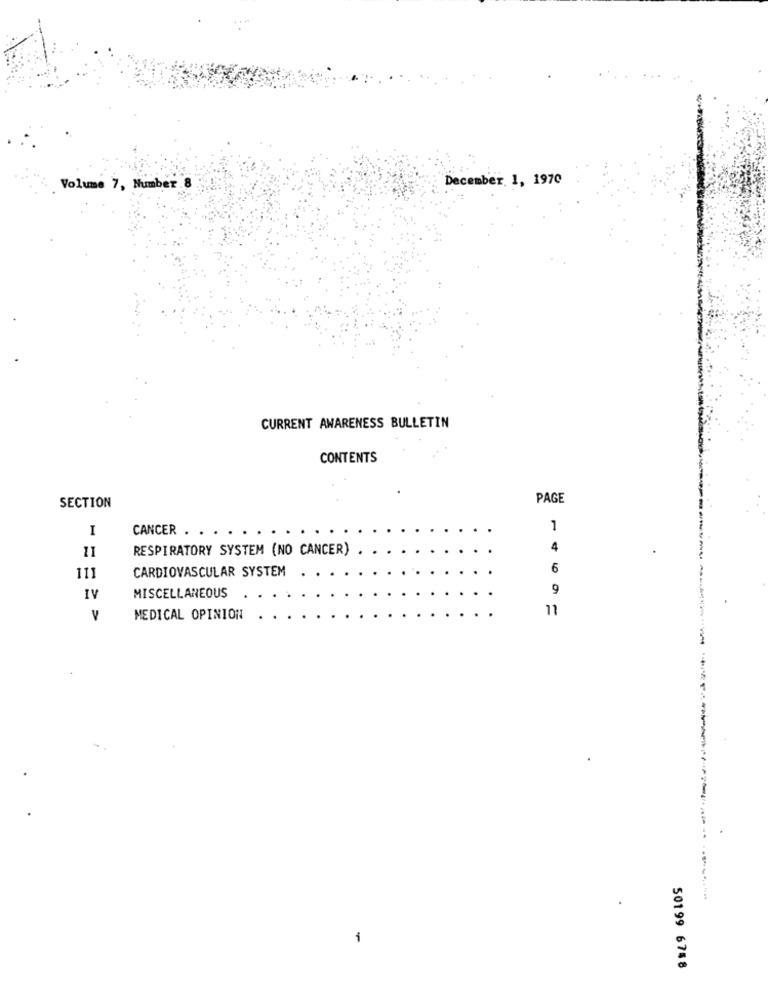
December, 1, 1970
Volume 7, Number . 8
CURRENT AWARENESS BULLETIN
CONTENTS
PAGE
SECTION
1
1
CANCER . .
11
RESPIRATORY SYSTEM (NO CANCER)
4
CARDIOVASCULAR SYSTEM
6
111
9
IV
MISCELLANEOUS
11
V
MEDICAL OPINION
--
i
50199 6758